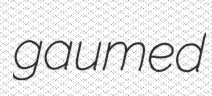
gaumed